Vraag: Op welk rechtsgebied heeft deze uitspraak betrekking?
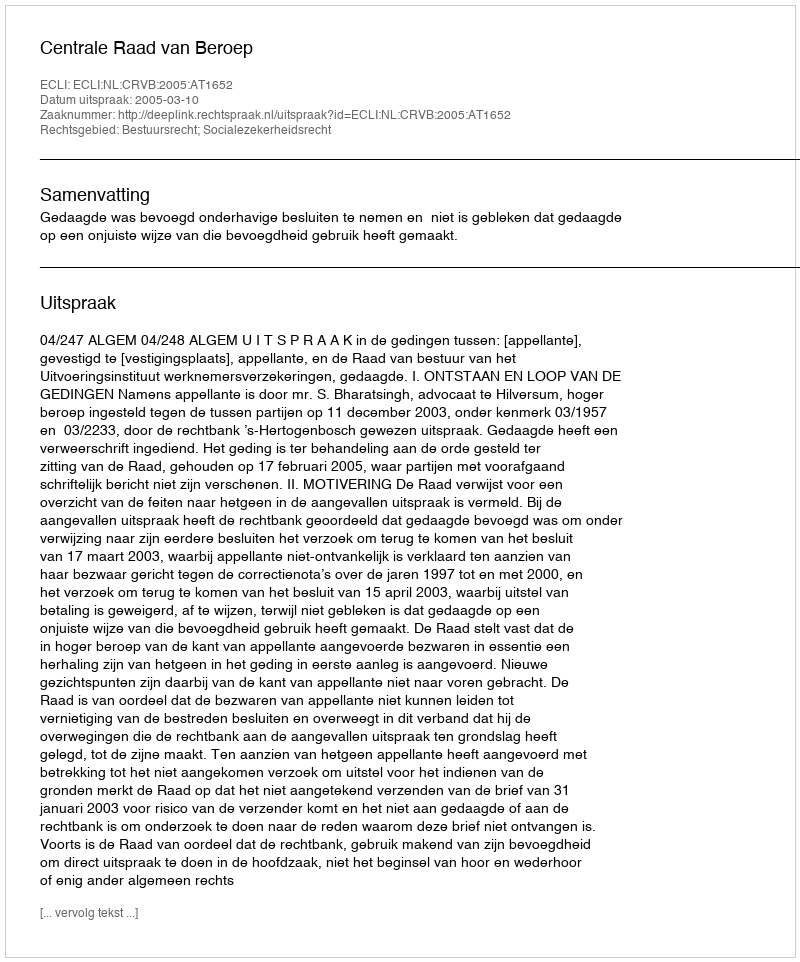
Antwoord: Bestuursrecht; Socialezekerheidsrecht